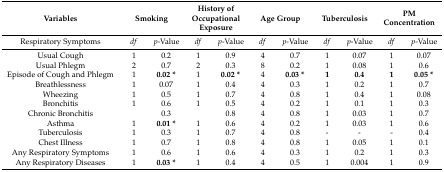
<table><thead><tr><td><b>Variables</b></td><td colspan="2"><b>Smoking</b></td><td colspan="2"><b>History of Occupational Exposure</b></td><td colspan="2"><b>Age Group</b></td><td colspan="2"><b>Tuberculosis</b></td><td colspan="2"><b>PM Concentration</b></td></tr></thead><tbody><tr><td>Respiratory Symptoms</td><td><i>df</i></td><td><i>p</i>-Value</td><td><i>df</i></td><td><i>p</i>-Value</td><td><i>df</i></td><td><i>p</i>-Value</td><td><i>df</i></td><td><i>p</i>-Value</td><td><i>df</i></td><td><i>p</i>-Value</td></tr><tr><td>Usual Cough</td><td>1</td><td>0.2</td><td>1</td><td>0.9</td><td>4</td><td>0.7</td><td>1</td><td>0.07</td><td>1</td><td>0.07</td></tr><tr><td>Usual Phlegm</td><td>2</td><td>0.7</td><td>2</td><td>0.3</td><td>8</td><td>0.2</td><td>1</td><td>0.08</td><td>1</td><td>0.6</td></tr><tr><td>Episode of Cough and Phlegm</td><td>1</td><td><b>0.02 *</b></td><td>1</td><td><b>0.02 *</b></td><td>4</td><td><b>0.03 *</b></td><td><b>1</b></td><td><b>0.4</b></td><td><b>1</b></td><td><b>0.05 *</b></td></tr><tr><td>Breathlessness</td><td>1</td><td>0.07</td><td>1</td><td>0.4</td><td>4</td><td>0.3</td><td>1</td><td>0.2</td><td>1</td><td>0.7</td></tr><tr><td>Wheezing</td><td>1</td><td>0.5</td><td>1</td><td>0.7</td><td>4</td><td>0.8</td><td>1</td><td>0.4</td><td>1</td><td>0.08</td></tr><tr><td>Bronchitis</td><td>1</td><td>0.6</td><td>1</td><td>0.5</td><td>4</td><td>0.2</td><td>1</td><td>0.1</td><td>1</td><td>0.3</td></tr><tr><td>Chronic Bronchitis</td><td></td><td>0.3</td><td></td><td>0.8</td><td>4</td><td>0.8</td><td>1</td><td>0.03</td><td>1</td><td>0.7</td></tr><tr><td>Asthma</td><td>1</td><td><b>0.01 *</b></td><td>1</td><td>0.6</td><td>4</td><td>0.2</td><td>1</td><td>0.03</td><td>1</td><td>0.6</td></tr><tr><td>Tuberculosis</td><td>1</td><td>0.3</td><td>1</td><td>0.7</td><td>4</td><td>0.8</td><td>-</td><td>-</td><td>-</td><td>0.4</td></tr><tr><td>Chest Illness</td><td>1</td><td>0.7</td><td>1</td><td>0.8</td><td>4</td><td>0.8</td><td>1</td><td>0.05</td><td>1</td><td>0.1</td></tr><tr><td>Any Respiratory Symptoms</td><td>1</td><td>0.6</td><td>1</td><td>0.6</td><td>4</td><td>0.3</td><td>1</td><td>0.2</td><td>1</td><td>0.3</td></tr><tr><td>Any Respiratory Diseases</td><td>1</td><td><b>0.03 *</b></td><td>1</td><td>0.4</td><td>4</td><td>0.5</td><td>1</td><td>0.004</td><td>1</td><td>0.9</td></tr></tbody></table>